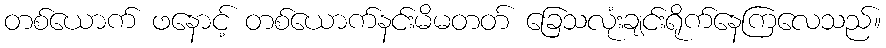
တစ်ယောက် ဖနောင့် တစ်ယောက်နင်းမိမတတ် ခြေသလုံးချင်းရိုက်နေကြလေသည်။